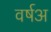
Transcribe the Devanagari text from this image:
वर्षअ